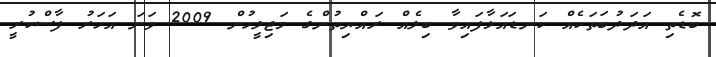
ބޮޑެތި އަދަދުބަތަކެއް ކަނޑައަޅާފައިވާ ބިލެއް ރައްޔިތުންގެ މަޖިލީހުން 2009 ވަނަ އަހަރު ފާސްކުރީ